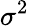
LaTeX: {\sigma^{2}}\,